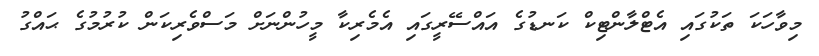
މިވާހަކަ ތަކުގައި އެޓްލާންޓިކް ކަނޑުގެ އައްސޭރީގައި އެމެރިކާ މީހުންނަށް މަސްވެރިކަން ކުރުމުގެ ޙައްގު